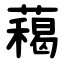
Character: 藒